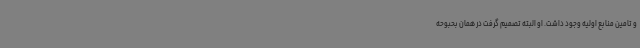
و تامین منابع اولیه وجود داشت. او البته تصمیم گرفت در همان بحبوحه